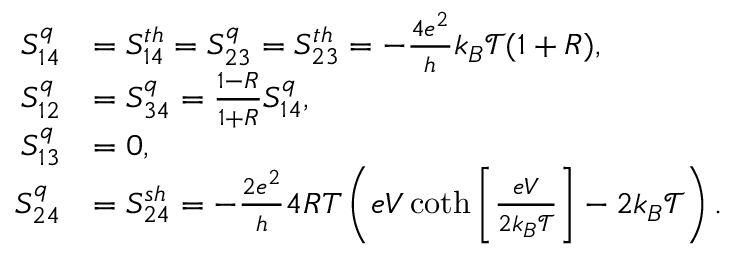
\begin{array} { r l } { S _ { 1 4 } ^ { q } } & { = { S _ { 1 4 } ^ { t h } } = S _ { 2 3 } ^ { q } = { S _ { 2 3 } ^ { t h } } = - \frac { 4 e ^ { 2 } } { h } k _ { B } \mathcal { T } ( 1 + R ) , } \\ { S _ { 1 2 } ^ { q } } & { = S _ { 3 4 } ^ { q } = \frac { 1 - R } { 1 + R } S _ { 1 4 } ^ { q } , } \\ { S _ { 1 3 } ^ { q } } & { = 0 , } \\ { S _ { 2 4 } ^ { q } } & { = { S _ { 2 4 } ^ { s h } } = - \frac { 2 e ^ { 2 } } { h } 4 R T \left( e V \coth \left[ \frac { e V } { 2 k _ { B } \mathcal { T } } \right] - 2 k _ { B } \mathcal { T } \right) . } \end{array}